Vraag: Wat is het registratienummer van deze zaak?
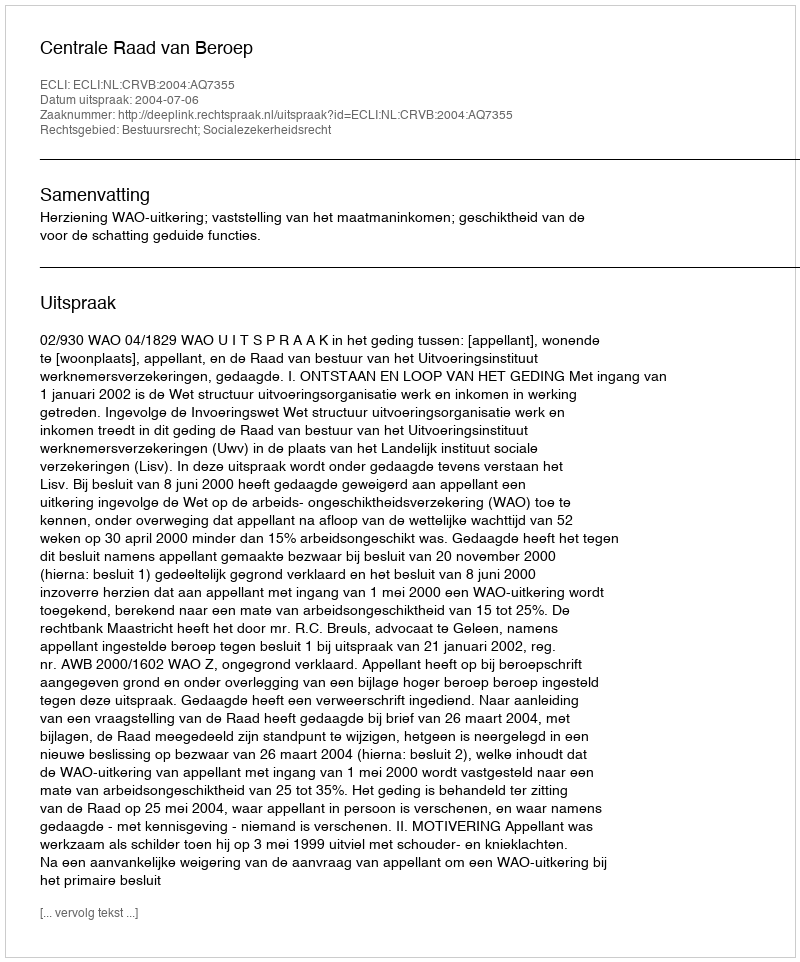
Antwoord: http://deeplink.rechtspraak.nl/uitspraak?id=ECLI:NL:CRVB:2004:AQ7355